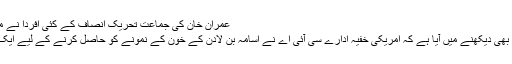
عمران خان کی جماعت تحریک انصاف کے کئی افردا نے معروف وکیل عاصمہ جہانگیر کے خلاف میّیا مہم چلائی
غیر ملکی تنظیموں پر شک و شبہات میں اضافہ اس لیے بھی دیکھنے میں آیا ہے کہ امریکی خفیہ ادارے سی آئی اے نے اسامہ بن لادن کے خون کے نمونے کو حاصل کرنے کے لیے ایک جعلی این جی او کو استعمال کرنے کی کوشش کی تھی۔